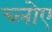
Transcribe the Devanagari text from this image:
च्लोए